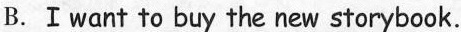
B.Ⅰwant to buy the new storybook.